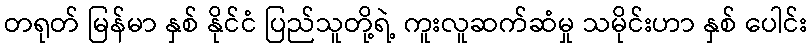
တရုတ် မြန်မာ နှစ် နိုင်ငံ ပြည်သူတို့ရဲ့ ကူးလူဆက်ဆံမှု သမိုင်းဟာ နှစ် ပေါင်း